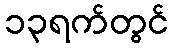
၁၃ရက်တွင်